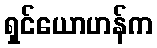
ရှင်ယောဟန်က